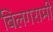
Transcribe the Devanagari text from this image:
बिलगरामी